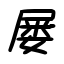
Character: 屡